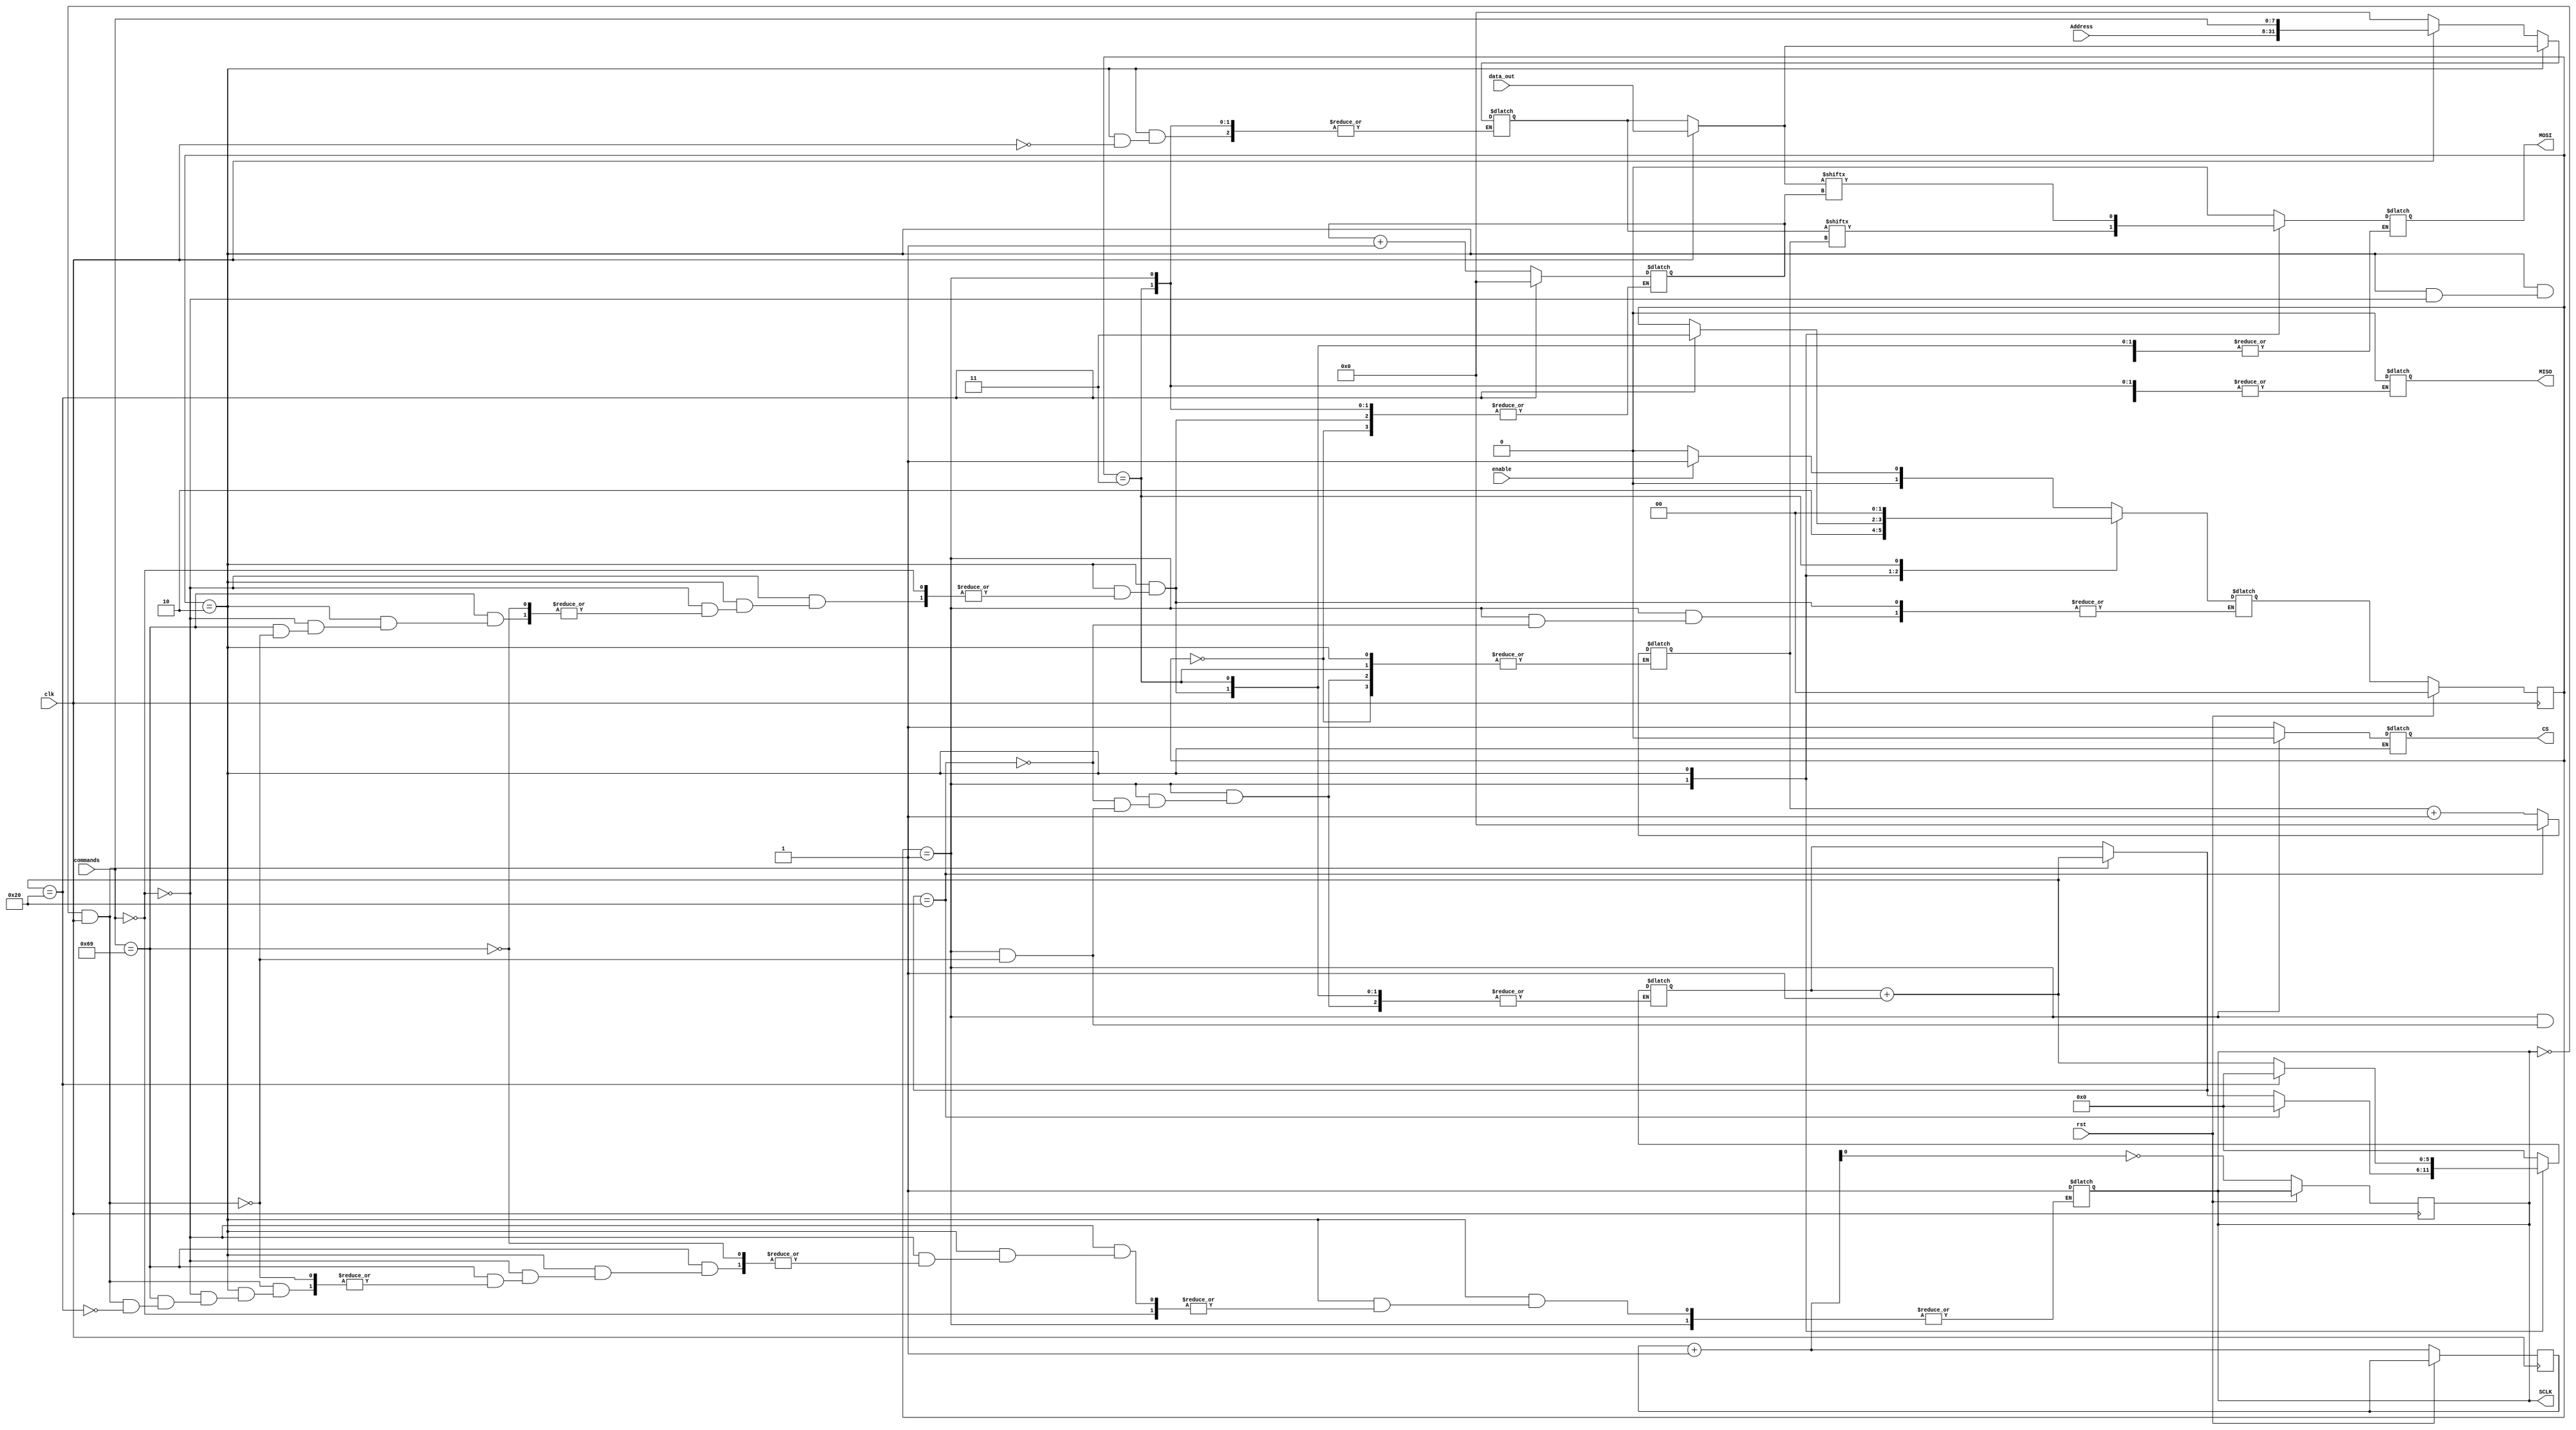
module SPI_Master (
  input wire clk,                 // System clock
  input wire rst,                 // Reset signal
  input wire enable,              // enable the master to start operation
  input wire [31:0] data_out,      // Data to be sent
  input wire [7:0] commands,      // Data to be sent
  input wire [23:0] Address,      // Data to be sent
  output reg CS,                 // Chip Select (active low)
  output reg SCLK,                // Serial Clock
  output reg MOSI,                // Master Out Slave In
  output reg MISO                 // Data received from the slave (miso)
);
parameter IDLE = 2'b00;
parameter START = 2'b01;
parameter TRANSFER = 2'b10;
parameter STOP = 2'b11;

reg [1:0] current_state , next_state;
reg [1:0] clk_count = 2'b11;
reg [31:0] shift_reg = 32'h0000_0000;
reg [5:0] shift_count = 6'b000000;
reg [31:0] Slave_reg = 32'h0000_0000;
integer i = 0;
integer z =0;
  
  always @(posedge clk) 
    begin
        if (rst) current_state <= IDLE;
        else 
           begin
                current_state = next_state ;
                clk_count = clk_count + 1'b1;  
                SCLK = ~clk_count[0];
            end 
                
    end
  always @(*) begin
    case(current_state)
      IDLE : begin 
                next_state =  enable ? START : IDLE ;
                CS = 1'b1;
                SCLK = 1'b1;
                MISO = 1'b0;
                MOSI = 1'b0;
                shift_count = 5'b00000;
                shift_reg = 32'h0000_0000;
                Slave_reg = 32'h0000_0000;
            if (clk) begin
                 shift_reg = {Address , commands};
                end
    end
      START : begin
                CS = 1'b0;
           if (!SCLK && clk) begin
                MOSI = shift_reg[i];
                Slave_reg = {MOSI, Slave_reg[31:1]};
                shift_count = shift_count + 1'b1;
                i = i + 1'b1;
                end
           if (shift_count == 32)begin
              shift_count = 0;
              i = 1'b0;
              next_state = TRANSFER ;
              end
    end
      TRANSFER  : begin
             if (clk)
         begin
                shift_reg = data_out;
         end
               if (commands == 8'b00000000)  // Read commad
                begin
                 MISO = 1'b0;
                end
           else
           begin
               if (commands == 8'b1101001) // write commad
             begin
               if (!SCLK && clk)
               begin
                MOSI = shift_reg[z];
                Slave_reg = {MOSI, Slave_reg[31:1]};
                shift_count = shift_count + 1'b1;
                z = z + 1'b1;
           if (shift_count == 32)begin
              shift_count = 0;
              z = 1'b0;
               next_state = STOP ;
               SCLK = 1'b1;
               end
              else
              begin
                next_state = current_state ;
            end
          end
          end
          end
          end
      STOP : begin
         next_state = IDLE;
         SCLK = 1'b1;
         CS = 1'b1;
         end
     default : begin 
         next_state = IDLE ;
         end
    endcase
  end

endmodule